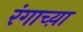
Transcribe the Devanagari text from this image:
रंगाच्य़ा